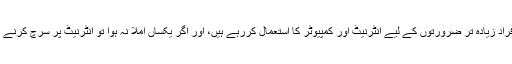
اطہر ہاشمی صاحب کا نیا آرٹیکل شائع کیا، یہ بھی واقعی درست ہے کہ اخبار و رسائل سے وابستہ افراد زیادہ تر ضرورتوں کے لیے انٹرنیٹ اور کمپیوٹر کا استعمال کررہے ہیں، اور اگر یکساں املا نہ ہوا تو انٹرنیٹ پر سرچ کرنے میں دقت پیش آئے گی، اسی طرح اردو کی ترقی میں بھی ایک قسم کی رکاوٹ کا موجب ثابت ہوگی۔